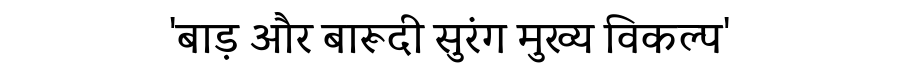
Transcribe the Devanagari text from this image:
'बाड़ और बारूदी सुरंग मुख्य विकल्प'